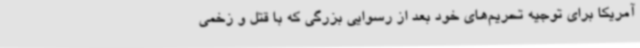
آمریکا برای توجیه تحریم‌های خود بعد از رسوایی بزرگی که با قتل و زخمی